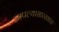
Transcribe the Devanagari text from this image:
आपल्यासारखाच